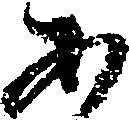
あ